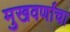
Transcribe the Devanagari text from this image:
मुखवर्णाचा